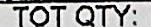
TOT QTY: